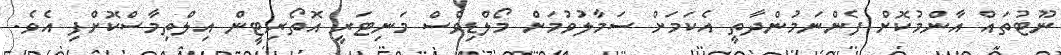
ނޫޓުތައް އާންމުކޮށް ފެންނަމުންދާތީ އެކަމަށް ސަމާލުވުމަށް މޯލްޑިވްސް މަނިޓަރީ އޮތޯރިޓީން އިލްތިމާސްކޮށްފި އެވެ.